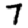
Digit: 7